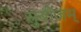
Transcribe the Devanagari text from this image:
सुबीजम्